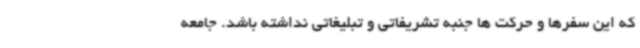
که این سفرها و حرکت ها جنبه تشریفاتی و تبلیغاتی نداشته باشد. جامعه